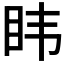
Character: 𮵆